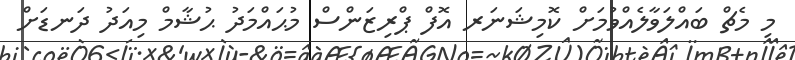
މި މެޗް ބައްލަވާލެއްވުމަށް ކޮމިޝަނަރ އޮފް ޕްރިޒަންސް މުޙައްމަދު ޙުޝާމް މިއަދު ދަނޑަށް